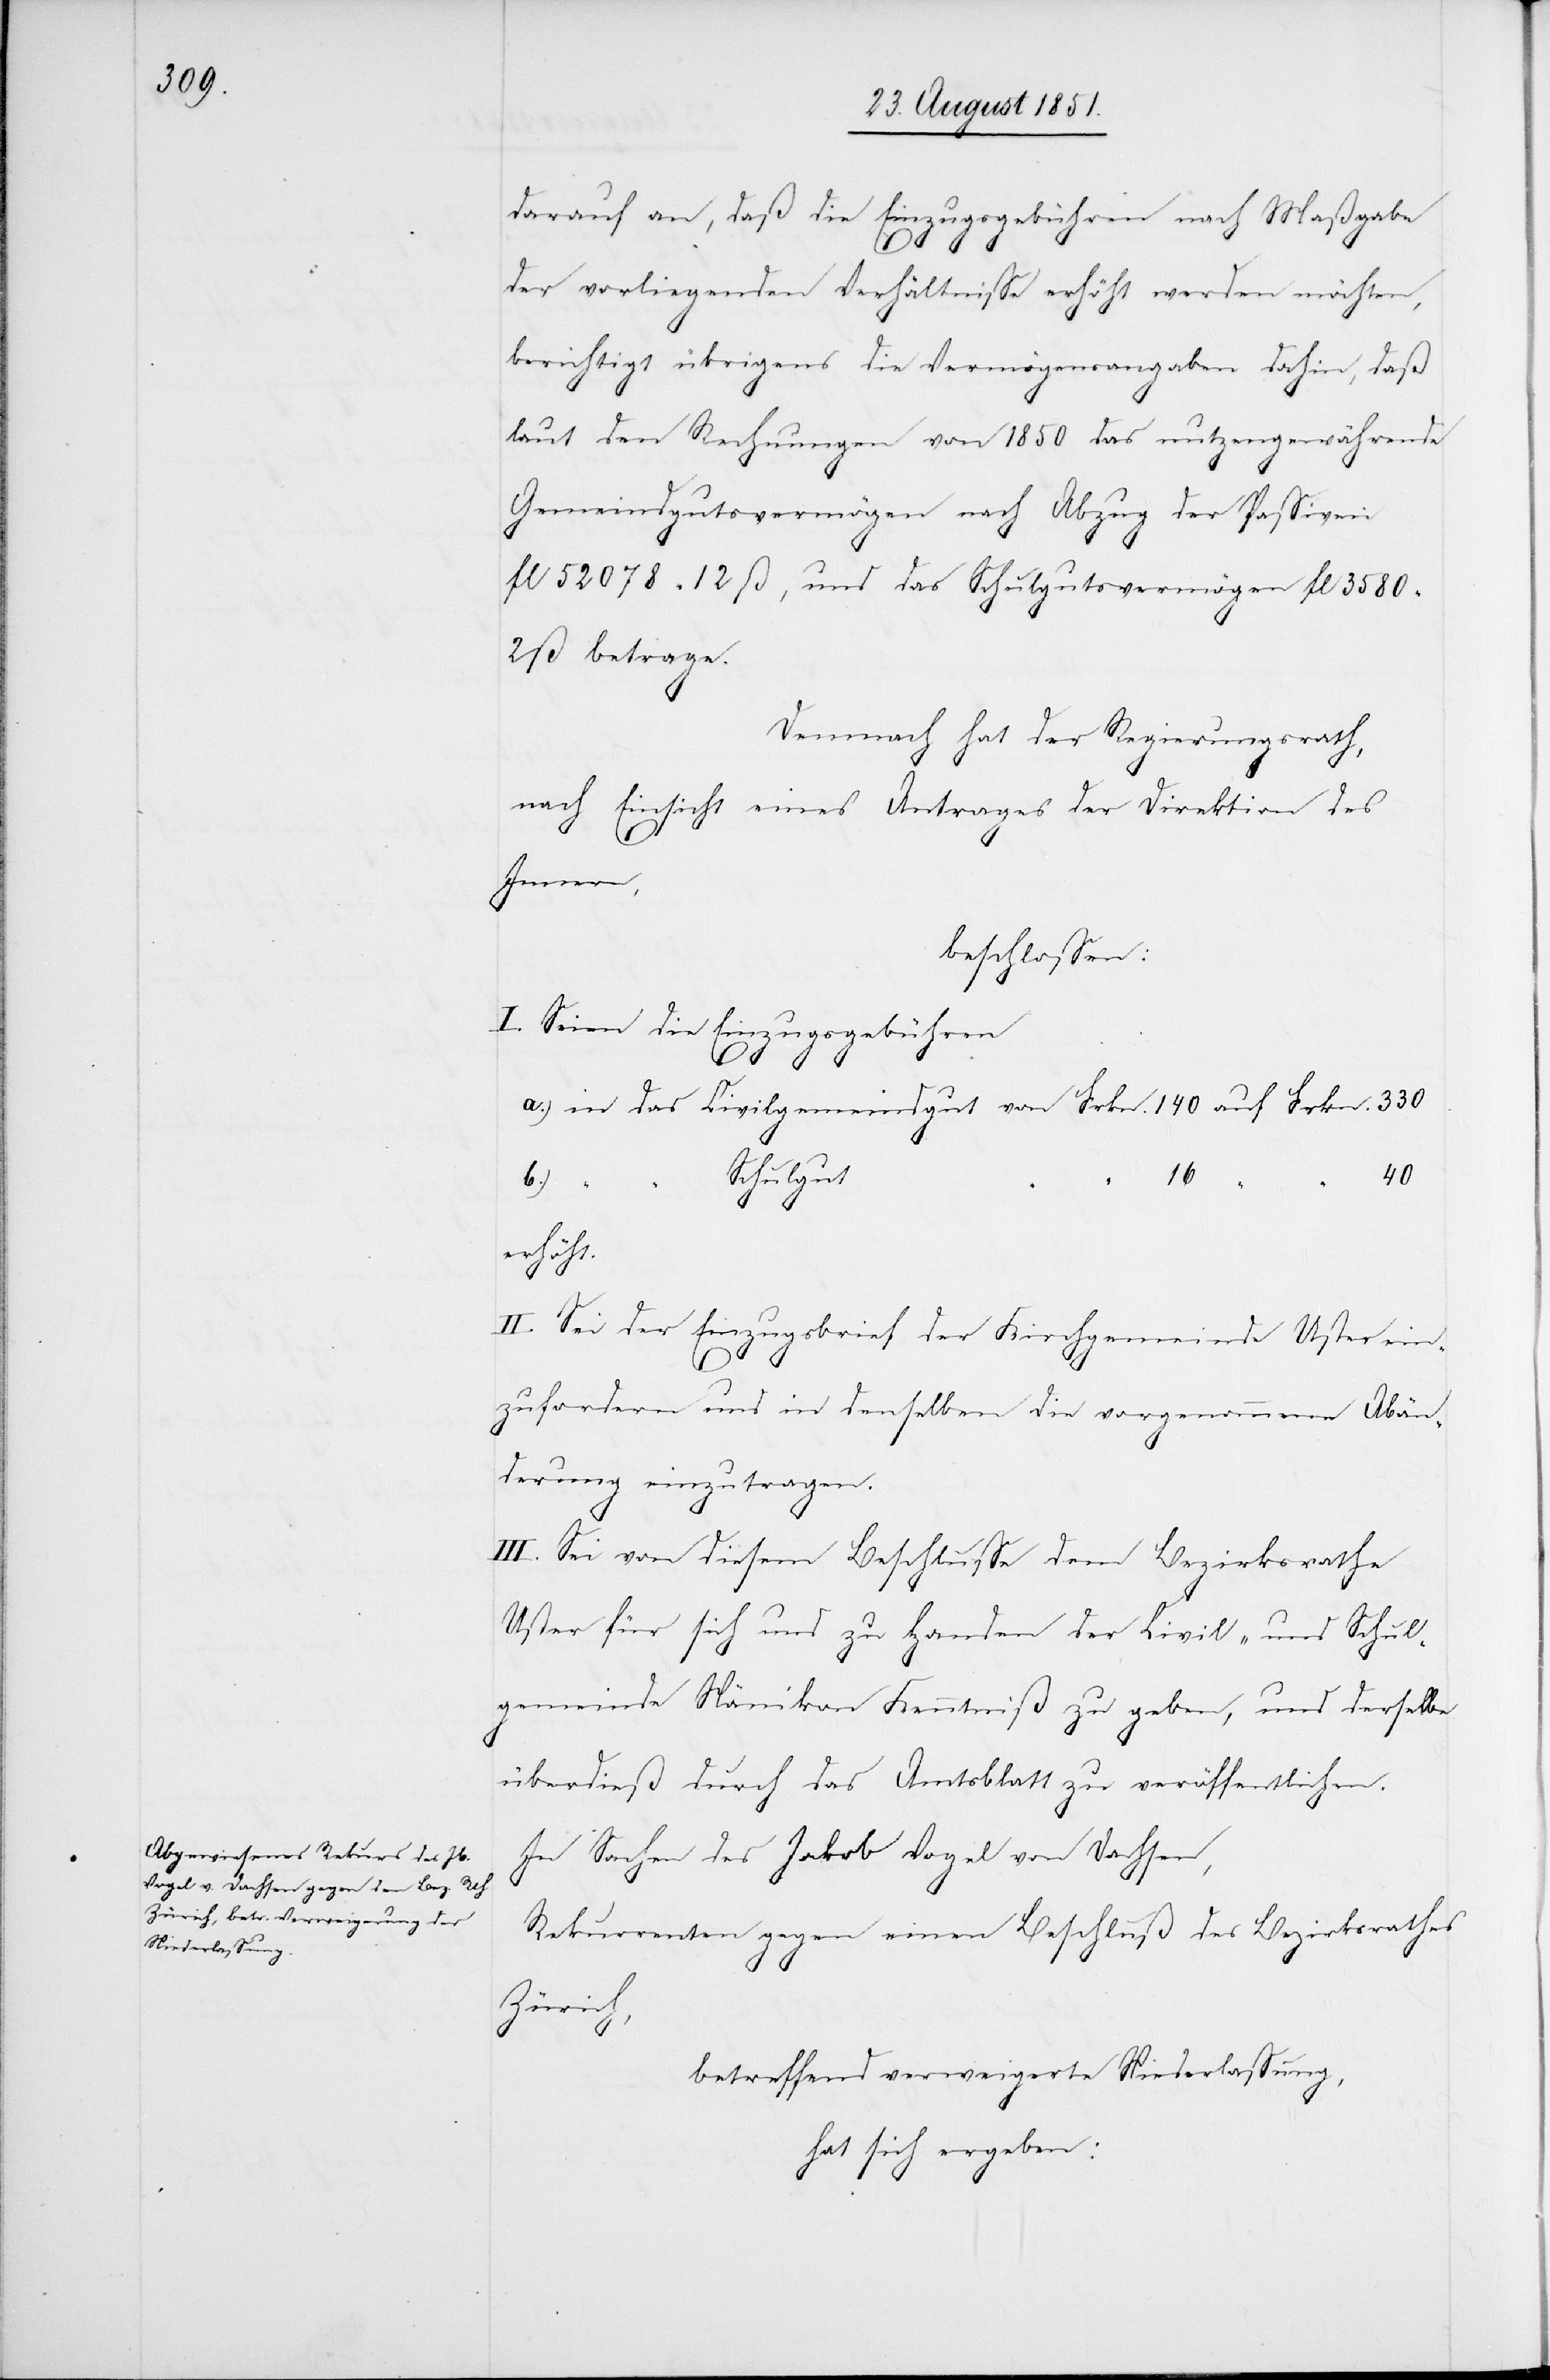
darauf an, daß die Einzugsgebühren nach Maßgabe
330
der vorliegenden Verhältnisse erhöht werden möchten,
berichtigt übrigens die Vermögensangaben dahin, daß
laut den Rechnungen von 1850 das nutzengewährende
Gemeindgutsvermögen nach Abzug der Passiven
fl 52 078 12 ß, und das Schulgutsvermögen fl 3580
2 ß betrage.
Demnach hat der Regierungsrath,
nach Einsicht eines Antrages der Direktion des
Innern,
beschlossen:
I. Seien die Einzugsgebühren
Schulgut
16
40
b.)
“
“
erhöht.
II. Sei der Einzugsbrief der Kirchgemeinde Uster ein¬
140
zufordern und in denselben die vorgenommene Abän¬
derung einzutragen.
III. Sei von diesem Beschlusse dem Bezirksrathe
Uster für sich und zu Handen der Civil- und Schul¬
gemeinde Nänikon Kenntniß zu geben, und derselbe
überdieß durch das Amtsblatt zu veröffentlichen.
In Sachen des Jakob Vogel von Dachsen,
Rekurrenten gegen einen Beschluß des Bezirksrathes
Zürich,
betreffend verweigerte Niederlassung,
hat sich ergeben: